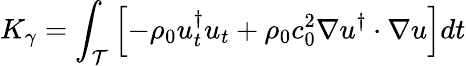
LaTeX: K_{\gamma}=\int_{\mathcal{T}}\left[-\rho_{0}u_{t}^{\dagger}u_{t}+\rho_{0}c_{0}^{2}\nabla u^{\dagger}\cdot\nabla u\right]dt